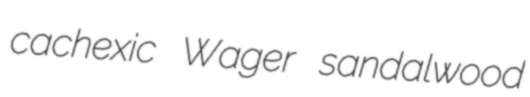
cachexic Wager sandalwood